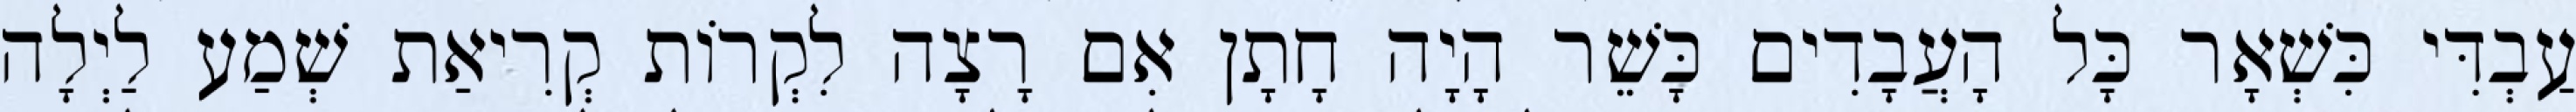
עַבְדִּי כִּשְׁאָר כָּל הָעֲבָדִים כָּשֵׁר הָיָה חָתָן אִם רָצָה לִקְרוֹת קְרִיאַת שְׁמַע לַיְלָה